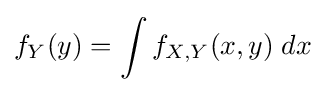
f_{Y}(y)=\int f_{X,Y}(x,y)\;dx